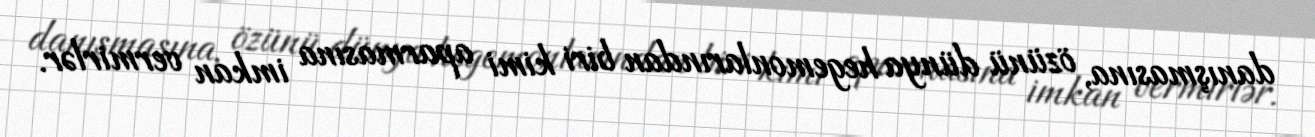
danışmasına, özünü dünya hegemonlarından biri kimi aparmasına imkan vermirlər.